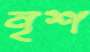
নৃশ